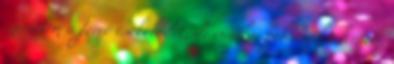
szerettem a forró csokoládét, de ennél a pohárnál jelentem,